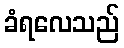
ခံရလေသည်